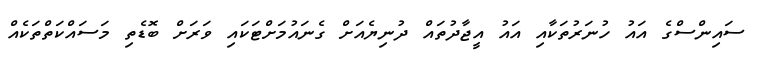
ސައިންސްގެ އައު ހުނަރުތަކާއި އައު އީޖާދުތައް ދުނިޔެއަށް ގެނައުމަށްޓަކައި ވަރަށް ބޮޑެތި މަސައްކަތްތަކެއް